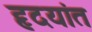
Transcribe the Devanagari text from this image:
हृदयांत